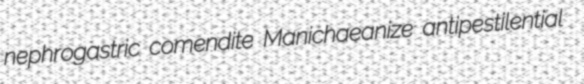
nephrogastric comendite Manichaeanize antipestilential